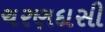
ચરણદાસી